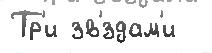
Тр'и зв'́здам'и